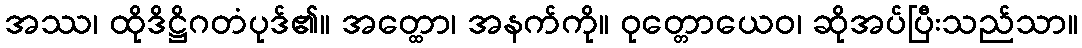
အဿ၊ ထိုဒိဋ္ဌိဂတံပုဒ်၏။ အတ္ထော၊ အနက်ကို။ ဝုတ္တောယေဝ၊ ဆိုအပ်ပြီးသည်သာ။